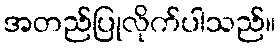
အတည်ပြုလိုက်ပါသည်။